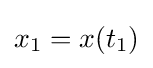
x_{1}=x(t_{1})